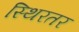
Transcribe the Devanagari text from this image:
स्थिरतर